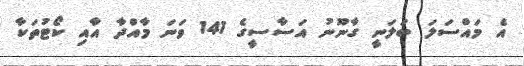
އެ މައްސަލަ ބަލަނީ ގާނޫނު އަސާސީގެ 141 ވަނަ މާއްދާ އާއި ކޯޓުތަކާ